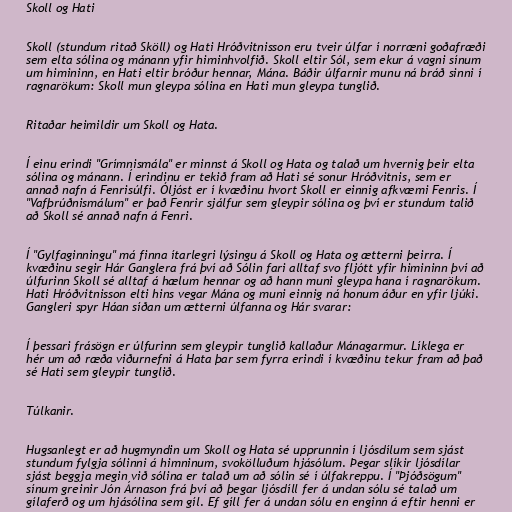
Skoll og Hati

Skoll (stundum ritað Sköll) og Hati Hróðvitnisson eru tveir úlfar í norræni goðafræði
sem elta sólina og mánann yfir himinhvolfið. Skoll eltir Sól, sem ekur á vagni sínum
um himininn, en Hati eltir bróður hennar, Mána. Báðir úlfarnir munu ná bráð sinni í
ragnarökum: Skoll mun gleypa sólina en Hati mun gleypa tunglið.

Ritaðar heimildir um Skoll og Hata.

Í einu erindi "Grímnismála" er minnst á Skoll og Hata og talað um hvernig þeir elta
sólina og mánann. Í erindinu er tekið fram að Hati sé sonur Hróðvitnis, sem er
annað nafn á Fenrisúlfi. Óljóst er í kvæðinu hvort Skoll er einnig afkvæmi Fenris. Í
"Vafþrúðnismálum" er það Fenrir sjálfur sem gleypir sólina og því er stundum talið
að Skoll sé annað nafn á Fenri.

Í "Gylfaginningu" má finna ítarlegri lýsingu á Skoll og Hata og ætterni þeirra. Í
kvæðinu segir Hár Ganglera frá því að Sólin fari alltaf svo fljótt yfir himininn því að
úlfurinn Skoll sé alltaf á hælum hennar og að hann muni gleypa hana í ragnarökum.
Hati Hróðvitnisson elti hins vegar Mána og muni einnig ná honum áður en yfir ljúki.
Gangleri spyr Háan síðan um ætterni úlfanna og Hár svarar:

Í þessari frásögn er úlfurinn sem gleypir tunglið kallaður Mánagarmur. Líklega er
hér um að ræða viðurnefni á Hata þar sem fyrra erindi í kvæðinu tekur fram að það
sé Hati sem gleypir tunglið.

Túlkanir.

Hugsanlegt er að hugmyndin um Skoll og Hata sé upprunnin í ljósdílum sem sjást
stundum fylgja sólinni á himninum, svokölluðum hjásólum. Þegar slíkir ljósdílar
sjást beggja megin við sólina er talað um að sólin sé í úlfakreppu. Í "Þjóðsögum"
sínum greinir Jón Árnason frá því að þegar ljósdíll fer á undan sólu sé talað um
gílaferð og um hjásólina sem gíl. Ef gíll fer á undan sólu en enginn á eftir henni er